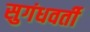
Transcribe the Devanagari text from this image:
सुगंधवर्ती